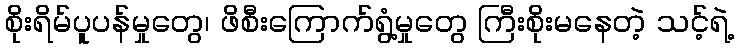
စိုးရိမ်ပူပန်မှုတွေ၊ ဖိစီးကြောက်ရွံ့မှုတွေ ကြီးစိုးမနေတဲ့ သင့်ရဲ့